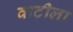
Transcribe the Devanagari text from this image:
वाटीला